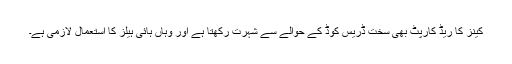
کینز کا ریڈ کارپٹ بھی سخت ڈریس کوڈ کے حوالے سے شہرت رکھتا ہے اور وہاں ہائی ہیلز کا استعمال لازمی ہے۔